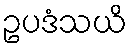
ဥပဒံသယိ